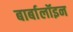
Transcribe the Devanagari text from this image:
बार्बालॉइन